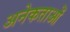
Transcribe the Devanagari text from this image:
अनेकताओं